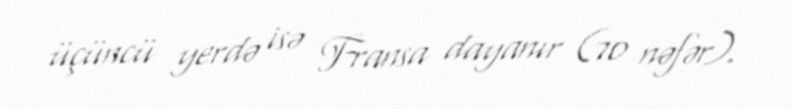
üçüncü yerdə isə Fransa dayanır (70 nəfər).